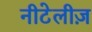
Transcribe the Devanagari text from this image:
नीटेलीज़